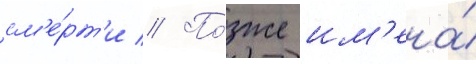
см'е́рт'и // По́зже им'ена́